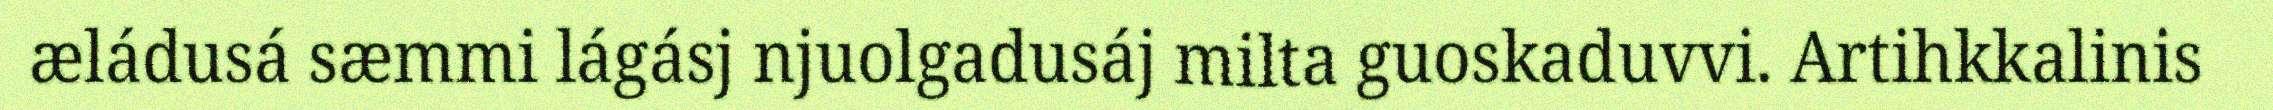
æládusá sæmmi lágásj njuolgadusáj milta guoskaduvvi. Artihkkalinis